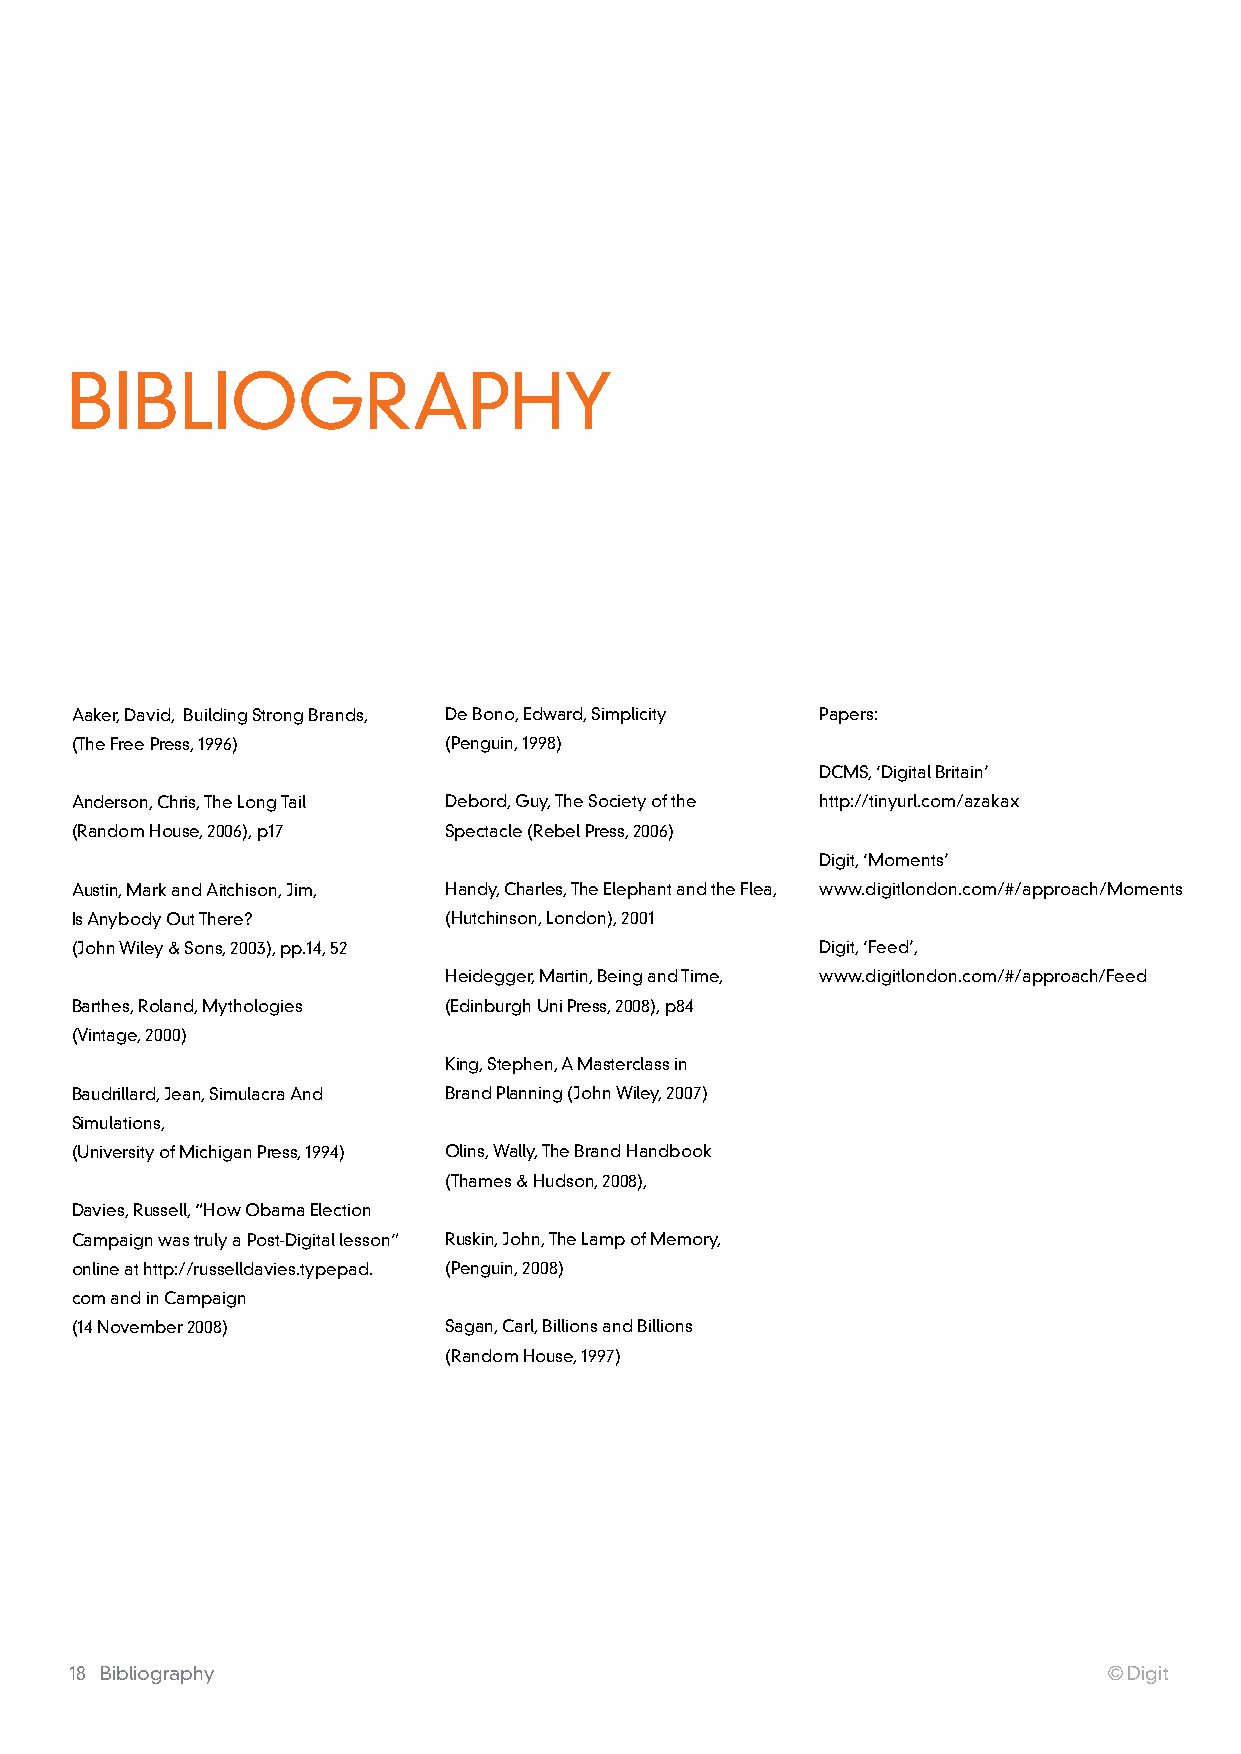
BIBLIOGraphy
 aaker, David, Building Strong Brands, De Bono, Edward, Simplicity papers:
 (The Free press, 1996)  (penguin, 1998)
 DCMS, ‘Digital Britain’
 anderson, Chris, The Long Tail Debord, Guy, The Society of the http://tinyurl.com/azakax
 (random house, 2006), p17 Spectacle (rebel press, 2006)
 Digit, ‘Moments’
 austin, Mark and aitchison, Jim, handy, Charles, The Elephant and the Flea, www.digitlondon.com/#/approach/Moments
 Is anybody Out There?   (hutchinson, London), 2001
 (John wiley & Sons, 2003), pp.14, 52             Digit, ‘Feed’,
 heidegger, Martin, Being and Time, www.digitlondon.com/#/approach/Feed
 Barthes, roland, Mythologies (Edinburgh uni press, 2008), p84
 (Vintage, 2000)
 king, Stephen, a Masterclass in
 Baudrillard, Jean, Simulacra and Brand planning (John wiley, 2007)
 Simulations,
 (university of Michigan press, 1994) Olins, wally, The Brand handbook
 (Thames & hudson, 2008),
 Davies, russell, “how Obama Election
 Campaign was truly a post-Digital lesson” ruskin, John, The Lamp of Memory,
 online at http://russelldavies.typepad. (penguin, 2008)
 com and in Campaign
 (14 november 2008)      Sagan, Carl, Billions and Billions
 (random house, 1997)
 18 Bibliography                                                     © Digit